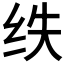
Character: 𮉢